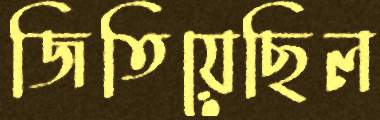
জিতিয়েছিল